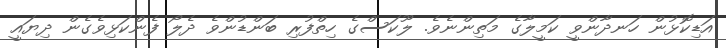
އަޑިކޮޅުން ހަނދާންވީ ކަމީލާގެ މަތިންނެވެ. ލޫކަސްގެ ހިތްފުރި ބަންޑުންވެ ދެލޯ ފެންކަޅިވެގެން ދިޔައީ